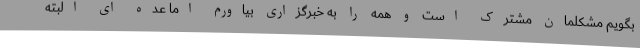
بگویم مشکلمان مشترک است و همه را به خبرگزاری بیاورم اما عده ای البته